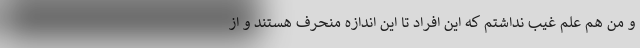
و من هم علم غیب نداشتم که این افراد تا این اندازه منحرف هستند و از